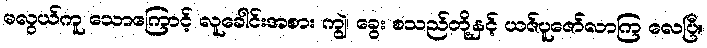
မလွယ်ကူ သောကြောင့် လူခေါင်းအစား ကျွဲ၊ ခွေး စသည်တို့နှင့် ယဇ်ပူဇော်လာကြ လေပြီ။